Lunatic asylums Burma 1907-21 - 1907-1921
Year: 1907
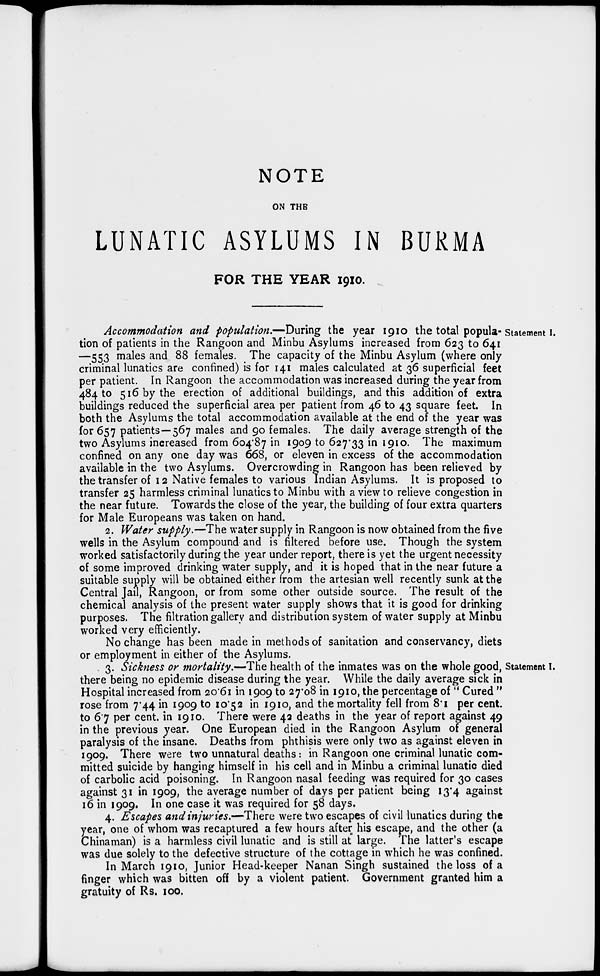
NOTE
ON THE
LUNATIC ASYLUMS IN BURMA
FOR THE YEAR 1910.
Statement I.
Accommodation and population.—During the year 1910 the total popula-
tion of patients in the Rangoon and Minbu Asylums increased from 623 to 641
—553 males and 88 females. The capacity of the Minbu Asylum (where only
criminal lunatics are confined) is for 141 males calculated at 36 superficial feet
per patient. In Rangoon the accommodation was increased during the year from
484 to 516 by the erection of additional buildings, and this addition of extra
buildings reduced the superficial area per patient from 46 to 43 square feet. In
both the Asylums the total accommodation available at the end of the year was
for 657 patients—567 males and 90 females. The daily average strength of the
two Asylums increased from 604.87 in 1909 to 627.33 in 1910. The maximum
confined on any one day was 668, or eleven in excess of the accommodation
available in the two Asylums. Overcrowding in Rangoon has been relieved by
the transfer of 12 Native females to various Indian Asylums. It is proposed to
transfer 25 harmless criminal lunatics to Minbu with a view to relieve congestion in
the near future. Towards the close of the year, the building of four extra quarters
for Male Europeans was taken on hand.
2. Water supply.—The water supply in Rangoon is now obtained from the five
wells in the Asylum compound and is filtered before use. Though the system
worked satisfactorily during the year under report, there is yet the urgent necessity
of some improved drinking water supply, and it is hoped that in the near future a
suitable supply will be obtained either from the artesian well recently sunk at the
Central Jail, Rangoon, or from some other outside source. The result of the
chemical analysis of the present water supply shows that it is good for drinking
purposes. The filtration gallery and distribution system of water supply at Minbu
worked very efficiently.
No change has been made in methods of sanitation and conservancy, diets
or employment in either of the Asylums.
Statement I.
3. Sickness or mortality.—The health of the inmates was on the whole good,
there being no epidemic disease during the year. While the daily average sick in
Hospital increased from 20.61 in 1909 to 27.08 in 1910, the percentage of "Cured "
rose from 7.44 in 1909 to 10.52 in 1910, and the mortality fell from 8.1 per cent.
to 6.7 per cent. in 1910. There were 42 deaths in the year of report against 49
in the previous year. One European died in the Rangoon Asylum of general
paralysis of the insane. Deaths from phthisis were only two as against eleven in
1909. There were two unnatural deaths: in Rangoon one criminal lunatic com-
mitted suicide by hanging himself in his cell and in Minbu a criminal lunatic died
of carbolic acid poisoning. In Rangoon nasal feeding was required for 30 cases
against 31 in 1909, the average number of days per patient being 13.4 against
16 in 1909. In one case it was required for 58 days.
4. Escapes and injuries.—There were two escapes of civil lunatics during the
year, one of whom was recaptured a few hours after his escape, and the other (a
Chinaman) is a harmless civil lunatic and is still at large. The latter's escape
was due solely to the defective structure of the cottage in which he was confined.
In March 1910, Junior Head-keeper Nanan Singh sustained the loss of a
finger which was bitten off by a violent patient. Government granted him a
gratuity of Rs. 100.